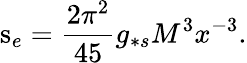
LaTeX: \mathrm{s}_{e}=\frac{2\pi^{2}}{45}g_{*s}M^{3}x^{-3}.